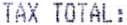
TAX TOTAL: